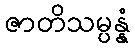
ဇာတိသမ္ပန္နံ